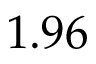
1 . 9 6